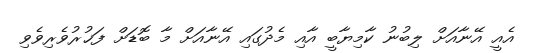
އެއީ އޭނާއަށް ލިބުނު ކާމިޔާބީ އާއި މެދުގައި އޭނާއަށް މާ ބޮޑަށް ފަޚުރުވެރިވެވި